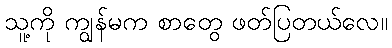
သူ့ကို ကျွန်မက စာတွေ ဖတ်ပြတယ်လေ။